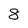
Character: 8